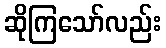
ဆိုကြသော်လည်း